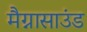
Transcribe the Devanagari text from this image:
मैग्नासाउंड